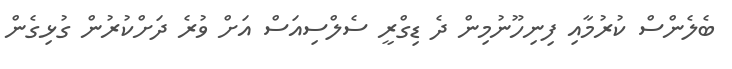
ބެލެންސް ކުރުމާއި ފިނިހޫނުމިން ދެ ޑިގްރީ ސެލްސިއަސް އަށް ވުރެ ދަށްކުރުން ގުޅިގެން